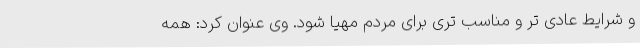
و شرایط عادی تر و مناسب تری برای مردم مهیا شود. وی عنوان کرد: همه